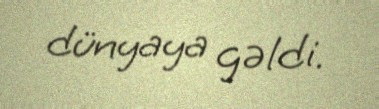
dünyaya gəldi.